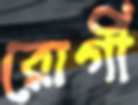
রোগী